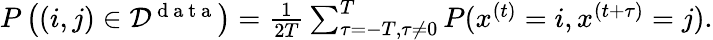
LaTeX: \begin{array}{r}{P\left((i,j)\in{\cal D}^{\mathrm{~d~a~t~a~}}\right)=\frac{1}{2T}\sum_{\tau=-T,\tau\neq 0}^{T}P(x^{(t)}=i,x^{(t+\tau)}=j).}\end{array}